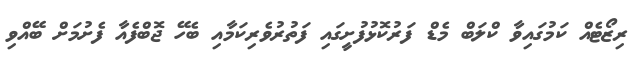
ރިޒޯޓެއް ކަމުގައިވާ ކްލަބް މެޑް ފަރުކޮޅުފުށީގައި ފަތުރުވެރިކަމާއި ބެހޭ ޖޮބްފެއާ ފެށުމަށް ބޭއްވި